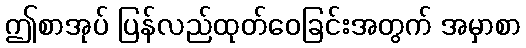
ဤစာအုပ် ပြန်လည်ထုတ်ဝေခြင်းအတွက် အမှာစာ